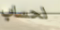
لحساب